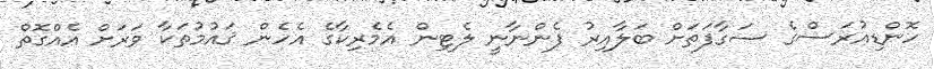
ހޮންޑިއުރަސްގެ ސަގާފަތަށް ބަލާއިރު ފެންނާނީ ލެޓިން އެމެރިކާގެ އެހެން ޤައުމުތަކާ ވަރަށް އެއްގޮތް